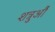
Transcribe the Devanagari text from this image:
शत्रुऔं